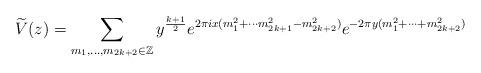
LaTeX: \begin{align*} \widetilde{V}(z) = \sum_{m_1, \ldots, m_{2k+2} \in \mathbb{Z}} y^{\frac{k+1}{2}} e^{2\pi i x(m_1^2 + \cdots m_{2k+1}^2 - m_{2k+2}^2)} e^{-2\pi y(m_1^2 + \cdots + m_{2k+2}^2)}\end{align*}